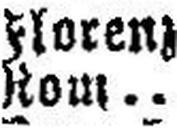
Rom